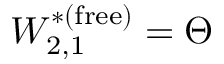
W _ { 2 , 1 } ^ { * ( \mathrm { f r e e } ) } = \Theta